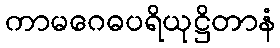
ကာမဂေဓပရိယုဋ္ဌိတာနံ